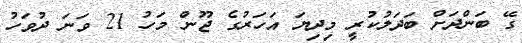
ގޭ ބަންދަށް ބަދަލުކުރީ މިދިޔަ އަހަރުގެ ޖޫން މަހު 21 ވަނަ ދުވަހު